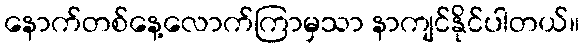
နောက်တစ်နေ့လောက်ကြာမှသာ နာကျင်နိုင်ပါတယ်။